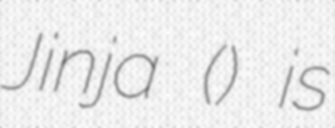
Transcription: Jinja (江別神社) is